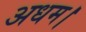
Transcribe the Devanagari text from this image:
अधम।